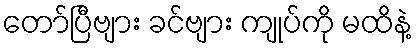
တော်ပြီဗျား ခင်ဗျား ကျုပ်ကို မထိနဲ့